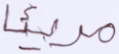
مريئا